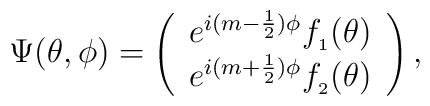
\Psi(\theta,\phi)=\left(\begin{array}{c}e^{i(m-\frac{1}{2})\phi}f_{_{1}}(\theta) \\e^{i(m+\frac{1}{2})\phi}f_{_{2}}(\theta) \end{array}\right),